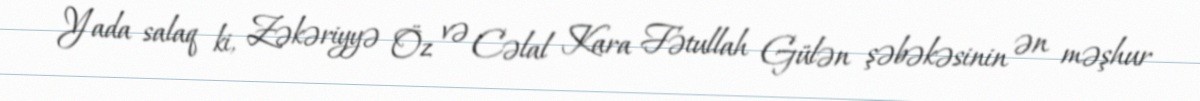
Yada salaq ki, Zəkəriyyə Öz və Cəlal Kara Fətullah Gülən şəbəkəsinin ən məşhur